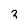
Character: 3